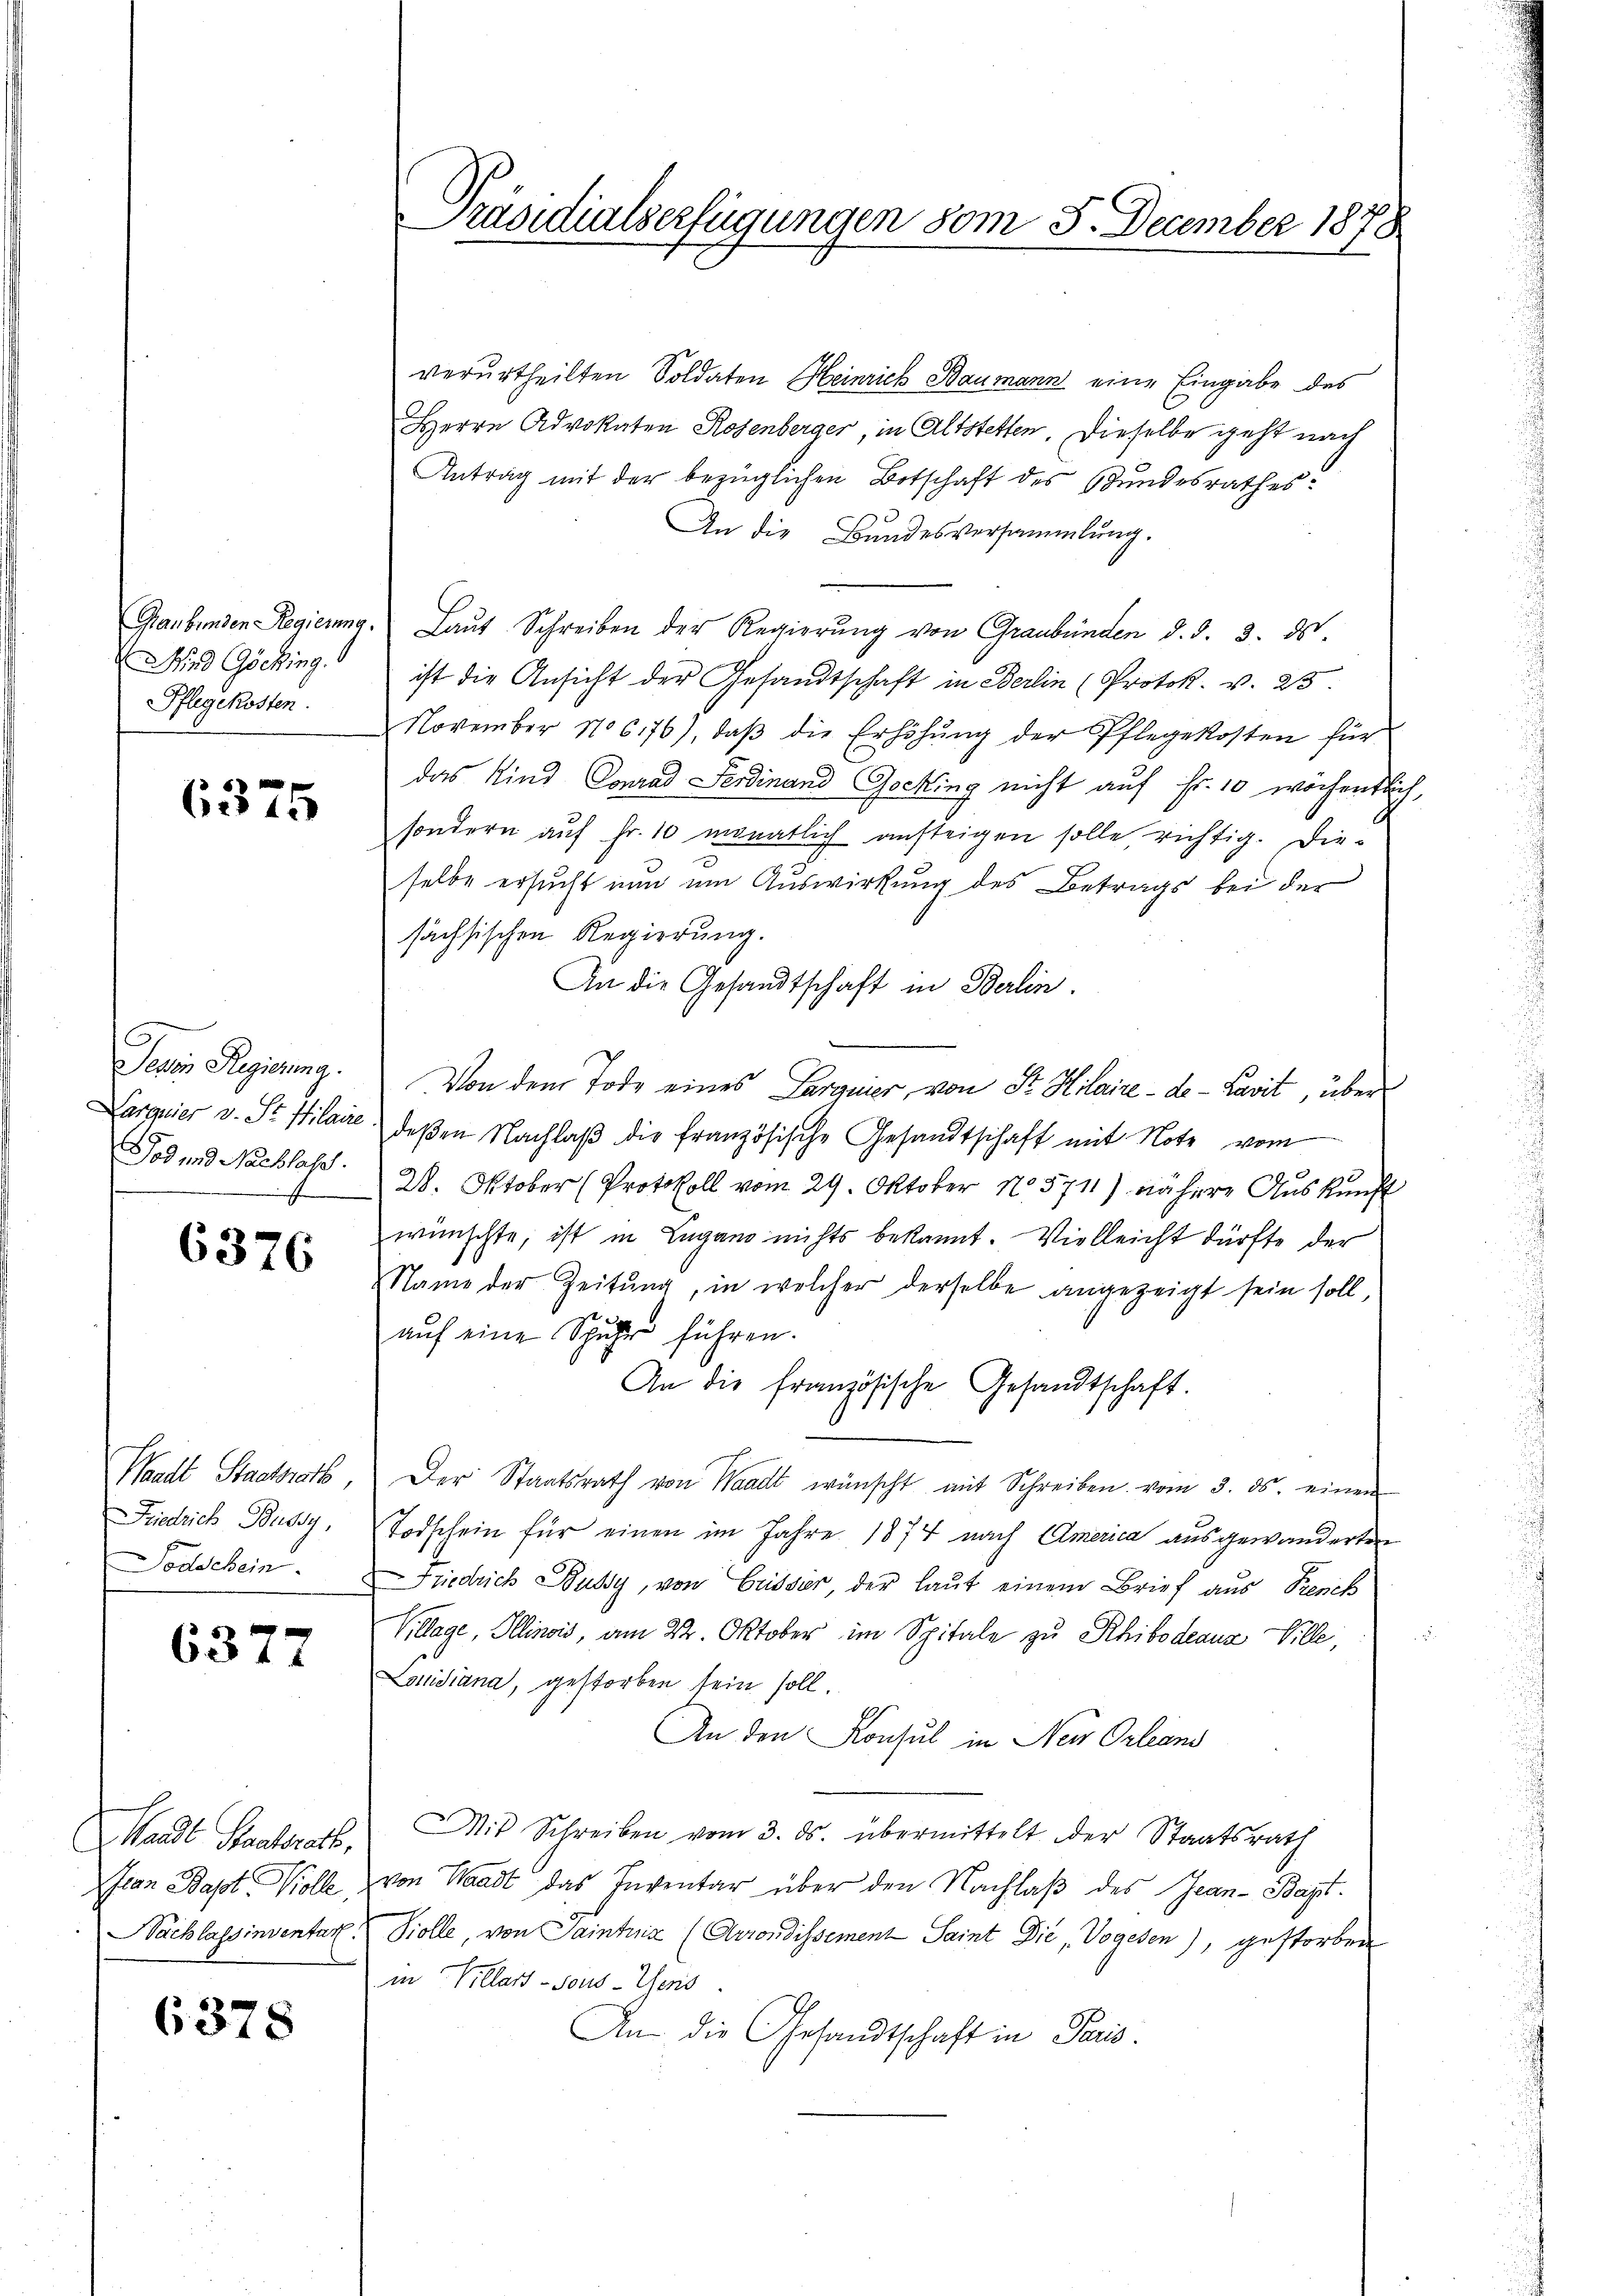
Ganbunden Regierung.
Wird Göcking.
Pflegekosten.

e
6314

Jenins Regierung.
Larquier v. St. Pilaire
Tod und Nachlass.

6376

Waadt Stadtrath,
Friedrich Bussy,
Todschein.

6377

Handt Staatsrath,
Apian Bapt Kolle.
Nachlassinventar

6378

Präsidialserfügungen vom 8. December 1878

verurtheilten Soldaten Heinrich Baumann eine Eingabe des
Herrn Advokaten Rosenberger, in Altstetten. Dieselbe geht nach
Antrag mit der bezüglichen Botschaft des Bundesrathes:
An die Bundesversammlung.
Laŭt Schreiben der Regierŭng von Graubünden d. d. 3. ds.
ist die Ansicht der Gesandtschaft in Berlin (Protok. v. 23.
November No 676), daβ die Erhöhŭng der Pflegekosten für
das Kind Conrad Ferdinand Gocking nicht auf Fr. 10 wöchentlich,
sondern auf Fr. 10 monatlich ansteigen solle richtig. Die-
h
selbe ersucht nun um Auswirkung des Betrags bei der
sächsischen Regierung.
An die Gesandtschaft in Berlin.
Von dem Tode eines Larguier, von Sr. Hilaire - de - Lavit, über
deβen Nachlaβ die französische Gesandtschaft mit Note vom
2
28. Oktober (Protokoll vom 29. Oktober 15711) nähere Auskunft
wünschte, ist in Lugang nichts bekannt. Vielleicht dürfte der
Name der Zeitung, in welcher derselbe angezeigt sein soll
aŭf eine Schuhe führen.
An die französische Gesandtschaft.
Der Staatsrath von Waadt wünscht mit Schreiben vom 3. ds. einen
Todschein für einen im Jahre 1874 nach America ausgewanderten
Friedrich Buly, von Casser, der laut einem Brief aus Trench
Killage, Illinois, am 22. Oktober im Spitale zŭ Shibodeaus Ville,
Loidiana, gestorben sein soll.
An den Konsul in Neu Orleand
Mit Schreiben vom 3. ds. übermittelt der Staatsrath
von Waadt das Inventar über den Nachlaß des Jean-Bapt.
Siolle, von Saintuiz (Arrondissement Saint Die Vogesen), gestorben
in Villart - sons-Vers.
An die Gesandtschaft in Paris.